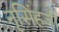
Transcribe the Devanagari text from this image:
नृसिंहजी